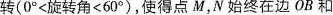
转( 0°<旋转角<60° )，使得点 M，N 始终在边 OB 和